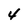
Character: 4